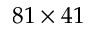
8 1 \times 4 1